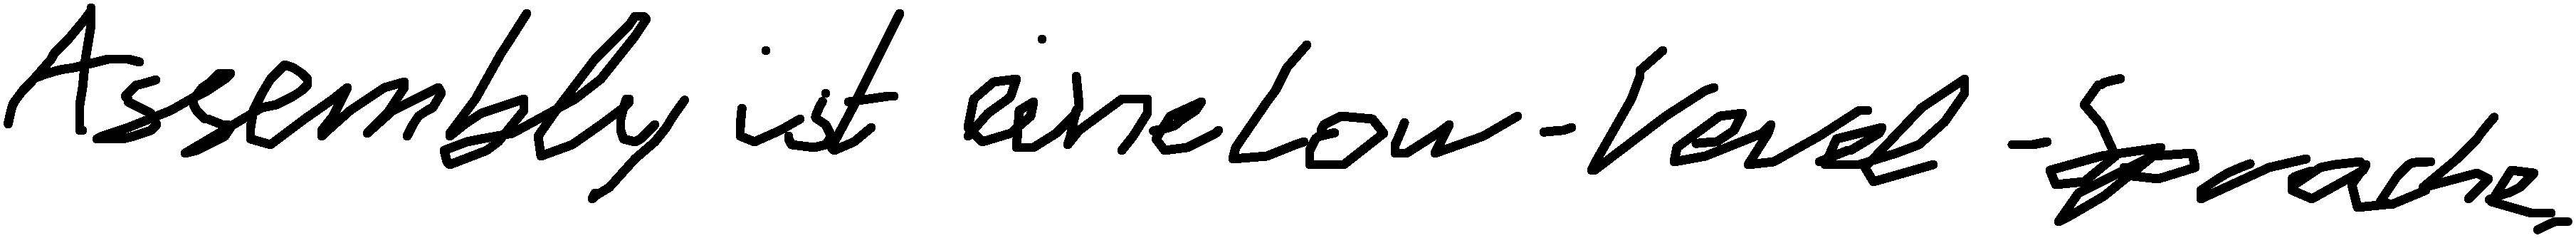
Assembly ist eine Low-Level-Sprache.